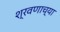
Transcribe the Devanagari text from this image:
श्रवणाच्या